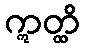
ဣတ္ထိ